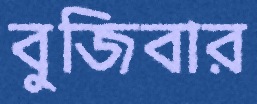
বুজিবার